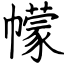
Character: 幪